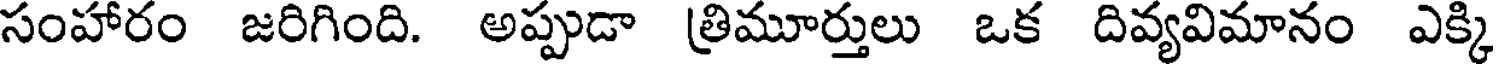
సంహారం జరిగింది. అప్పుడా త్రిమూర్తులు ఒక దివ్యవిమానం ఎక్కి